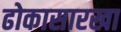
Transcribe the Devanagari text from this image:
ढोकासारखा